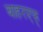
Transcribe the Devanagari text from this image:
बाहरएफ्